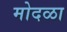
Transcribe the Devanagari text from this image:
मोदळा